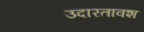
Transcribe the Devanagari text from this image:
उदारतावश